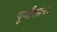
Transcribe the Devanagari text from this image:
पूर्णांकांचा